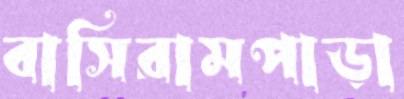
বাসিরামপাড়া